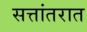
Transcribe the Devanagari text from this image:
सत्तांतरात